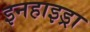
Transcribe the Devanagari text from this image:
इनहाइड्रा